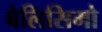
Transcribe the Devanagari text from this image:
बेलिसिमो